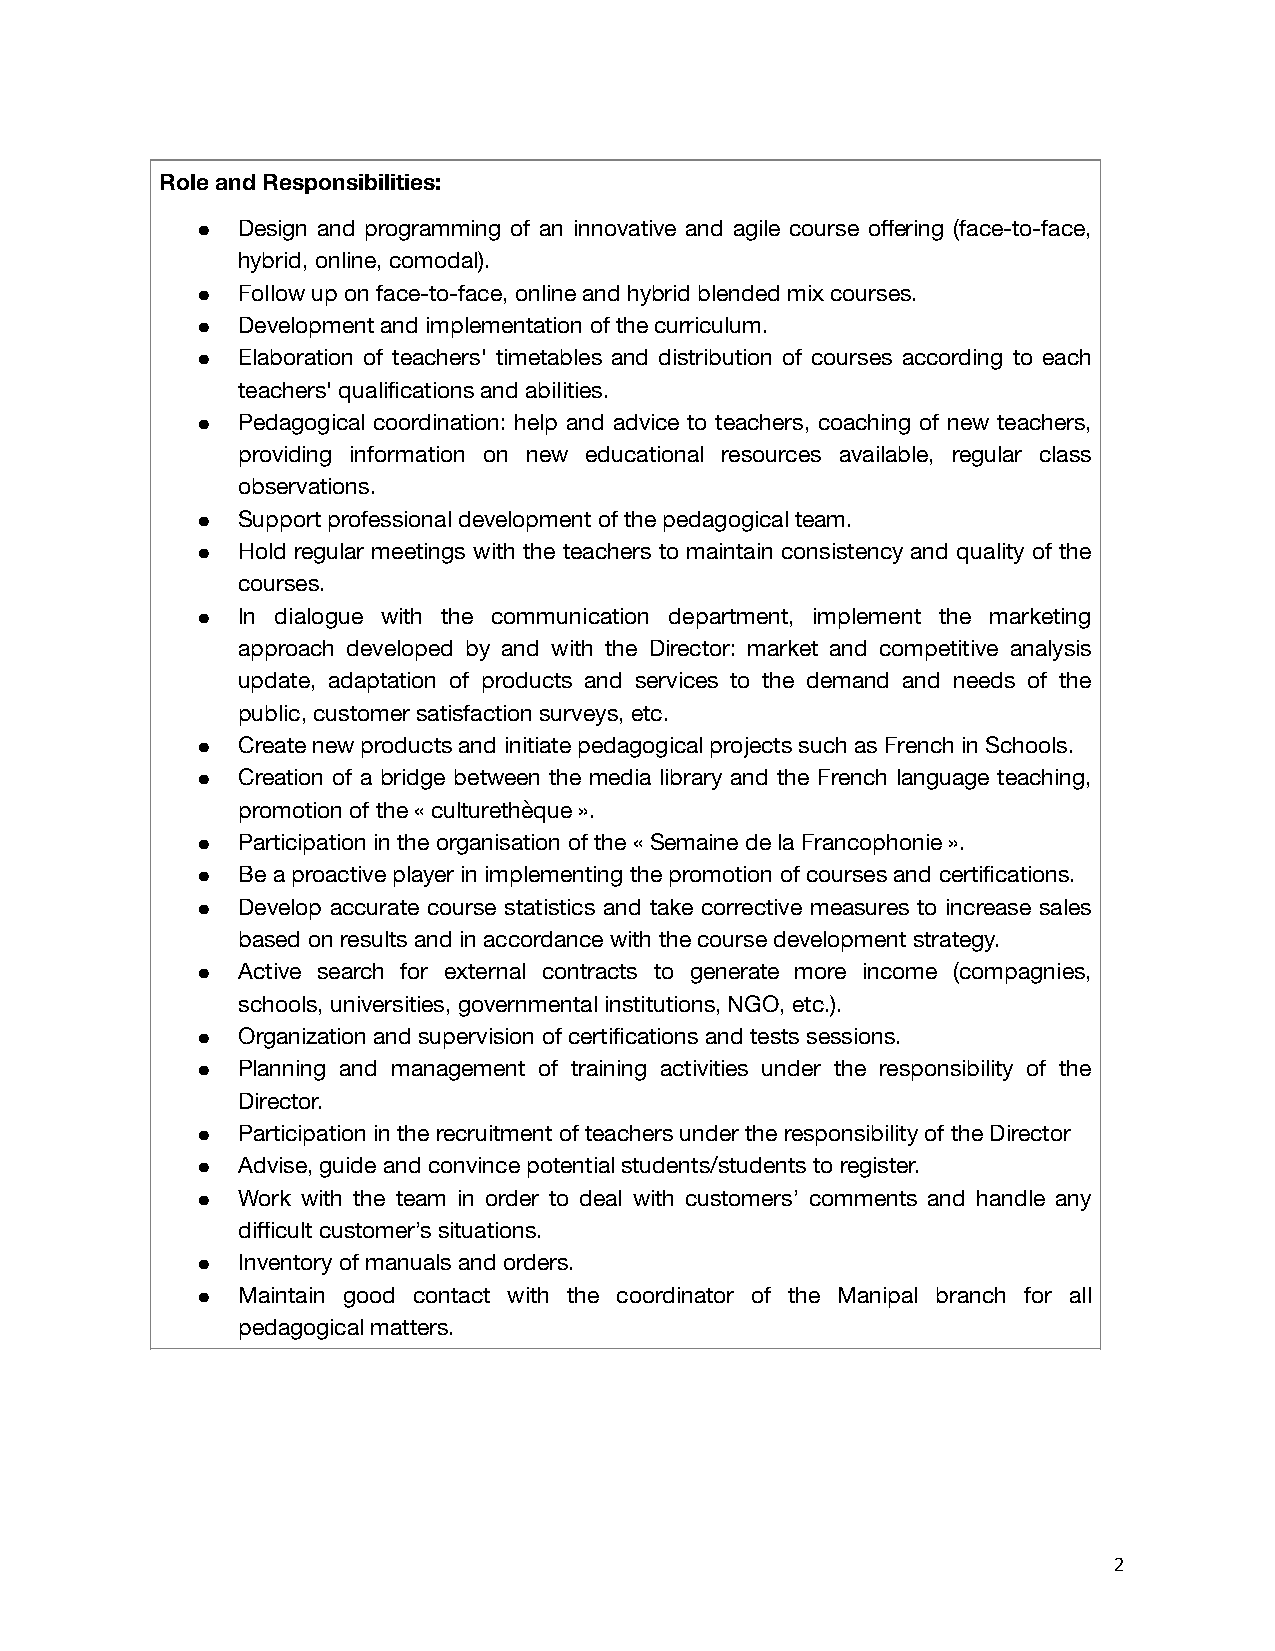
Role and Responsibilities:
 ●  Design and programming of an innovative and agile course offering (face-to-face,
 hybrid, online, comodal).
 ●  Follow up on face-to-face, online and hybrid blended mix courses.
 ●  Development and implementation of the curriculum.
 ●  Elaboration of teachers' timetables and distribution of courses according to each
 teachers' qualifications and abilities.
 ●  Pedagogical coordination: help and advice to teachers, coaching of new teachers,
 providing information on new educational resources available, regular class
 observations.
 ●  Support professional development of the pedagogical team.
 ●  Hold regular meetings with the teachers to maintain consistency and quality of the
 courses.
 ●  In dialogue with the communication department, implement the marketing
 approach developed by and with the Director: market and competitive analysis
 update, adaptation of products and services to the demand and needs of the
 public, customer satisfaction surveys, etc.
 ●  Create new products and initiate pedagogical projects such as French in Schools.
 ●  Creation of a bridge between the media library and the French language teaching,
 promotion of the « culturethèque ».
 ●  Participation in the organisation of the « Semaine de la Francophonie ».
 ●  Be a proactive player in implementing the promotion of courses and certifications.
 ●  Develop accurate course statistics and take corrective measures to increase sales
 based on results and in accordance with the course development strategy.
 ●  Active search for external contracts to generate more income (compagnies,
 schools, universities, governmental institutions, NGO, etc.).
 ●  Organization and supervision of certifications and tests sessions.
 ●  Planning and management of training activities under the responsibility of the
 Director.
 ●  Participation in the recruitment of teachers under the responsibility of the Director
 ●  Advise, guide and convince potential students/students to register.
 ●  Work with the team in order to deal with customers’ comments and handle any
 difficult customer’s situations.
 ●  Inventory of manuals and orders.
 ●  Maintain good contact with the coordinator of the Manipal branch for all
 pedagogical matters.
 2